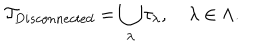
LaTeX: { \cal T } _ { D i s c o n n e c t e d } = \bigcup _ { \lambda } \tau _ { \lambda } , \quad \lambda \in \Lambda .